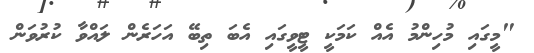
"މީގައި މުހިންމު އެއް ކަމަކީ ޓީވީގައި އެބަ ތިބޭ އަހަރެން ލައްވާ ކުރުވަން